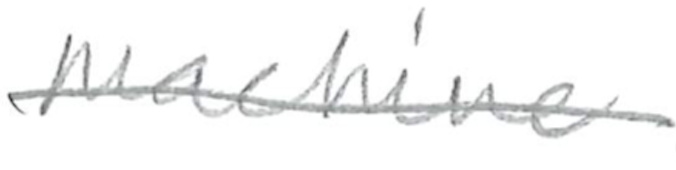
Text: machine
Cross-out: single-line
Writing tool: pencil